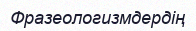
Фразеологизмдердің